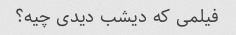
فیلمی که دیشب دیدی چیه؟